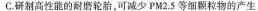
C. 研制高性能的耐磨轮胎，可减少 PM2.5等细颗粒物的产生